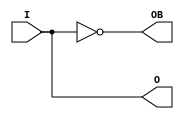
// This program was cloned from: https://github.com/ryuz/jelly
// License: MIT License


module ELVDS_OBUF(
            input   wire    I,
            output  wire    O,
            output  wire    OB
        );

    assign O  = I;
    assign OB = ~I;

endmodule